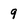
Character: 9